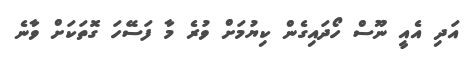
އަދި އެއީ ނޫސް ހޯދައިގެން ކިޔުމަށް ވުރެ މާ ފަސޭހަ ގޮތަކަށް ވާނެ